Indian journal of veterinary science and animal husbandry - Volume 11,
Year: 1941
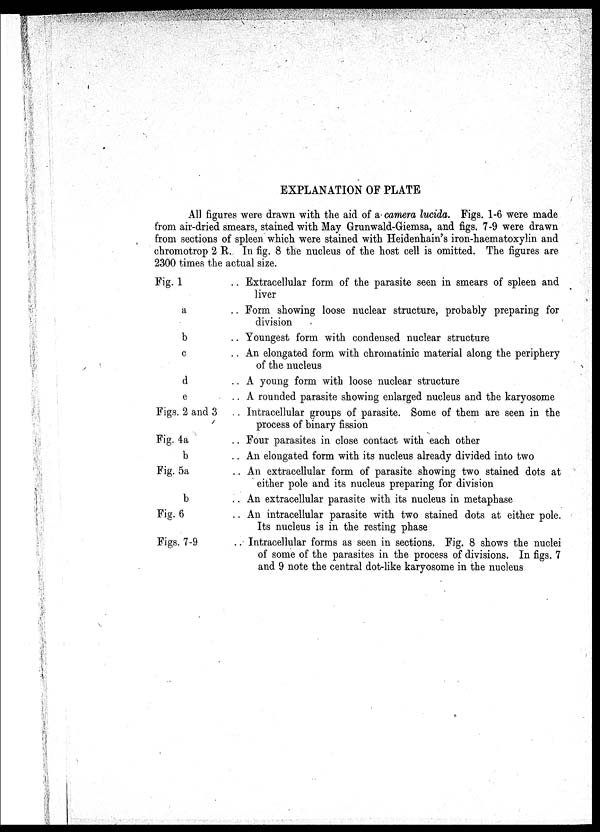
EXPLANATION OF PLATE
All figures were drawn with the aid of a camera lucida. Figs. 1-6 were made
from air-dried smears, stained with May Grunwald-Giemsa, and figs. 7-9 were drawn
from sections of spleen which were stained with Heidenhain's iron-haematoxylin and
chromotrop 2 R. In fig. 8 the nucleus of the host cell is omitted. The figures are
2300 times the actual size.
Fig. 1
a
b
c
d
e
Figs. 2 and 3
Fig.4a
b
Fig. 5a
b
Fig.6
Figs.7-9
. . Extracellular form of the parasite seen in smears of spleen and
liver
. . Form showing loose nuclear structure, probably preparing for
division
. . Youngest form with condensed nuclear structure
. . An elongated form with chromatinic material along the periphery
of the nucleus
. . A young form with loose nuclear structure
. . A rounded parasite showing enlarged nucleus and the karyosome
. . Intracellular groups of parasite. Some of them are seen in the
process of binary fission
. . Four parasites in close contact with each other
. . An elongated form with its nucleus already divided into two
. . An extracellular form of parasite showing two stained dots at
either pole and its nucleus preparing for division
. . An extracellular parasite with its nucleus in metaphase
. . An intracellular parasite with two stained dots at either pole.
Its nucleus is in the resting phase
. . Intracellular forms as seen in sections. Fig. 8 shows the nuclei
of some of the parasites in the process of divisions. In figs. 7
and 9 note the central dot-like karyosome in the nucleus